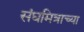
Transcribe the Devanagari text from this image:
संघमित्राच्या